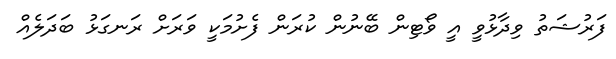
ފަރުޝަތު ވިދާޅުވީ އީ ވޯޓިން ބޭނުން ކުރަން ފެށުމަކީ ވަރަށް ރަނގަޅު ބަދަލެއް